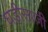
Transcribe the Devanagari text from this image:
घड़ीसाज़ी